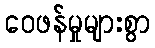
ဝေဖန်မှုများစွာ